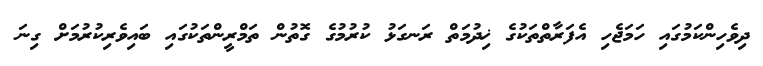
ދިވެހިންކަމުގައި ހަމަޖެހި އެފަރާތްތަކުގެ ޚިދުމަތް ރަނގަޅު ކުރުމުގެ ގޮތުން ތަމްރީންތަކުގައި ބައިވެރިކުރުމަށް ގިނަ